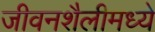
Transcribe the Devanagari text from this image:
जीवनशैलीमध्ये